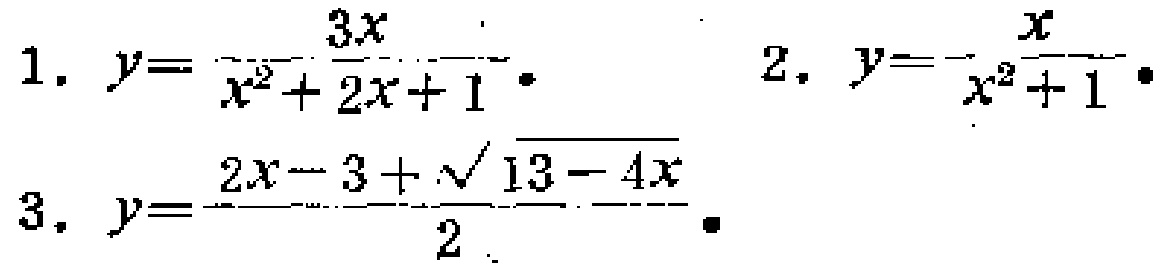
1. \(y = \frac{3x}{x^{2}+2x + 1}\)
2. \(y=\frac{x}{x^{2}+1}\)
3. \(y=\frac{2x - 3+\sqrt{13 - 4x}}{2}\)